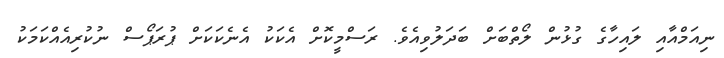
ނިއަމްއާއި ލައިހާގެ ގުޅުން ލޯތްބަށް ބަދަލުވިއެވެ. ރަސްމީކޮށް އެކަކު އެނެކަކަށް ޕުރަޕޯސް ނުކުރިއެއްކަމަކު